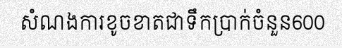
សំណងការខូចខាតជាទឹកប្រាក់ចំនួន600